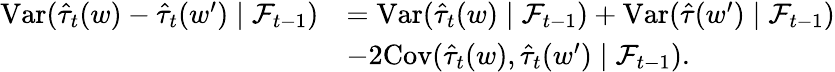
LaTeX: \begin{array}{rl}{\mathrm{Var}(\hat{\tau}_{t}(w)-\hat{\tau}_{t}(w^{\prime})\mid\mathcal{F}_{t-1})}&{=\mathrm{Var}(\hat{\tau}_{t}(w)\mid\mathcal{F}_{t-1})+\mathrm{Var}(\hat{\tau}(w^{\prime})\mid\mathcal{F}_{t-1})}\\ &{-2\mathrm{Cov}(\hat{\tau}_{t}(w),\hat{\tau}_{t}(w^{\prime})\mid\mathcal{F}_{t-1}).}\end{array}